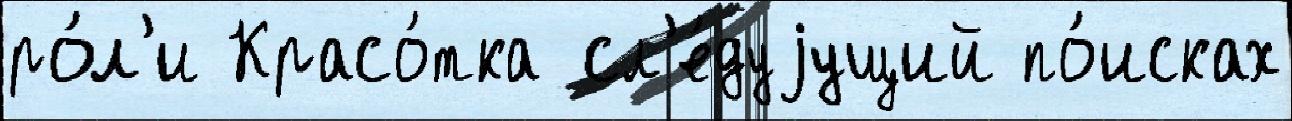
ро́л'и Красо́тка сл'е́дуjущий по́исках